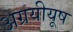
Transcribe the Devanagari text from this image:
अग्रयीयूष